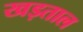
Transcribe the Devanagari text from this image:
खड़ताल